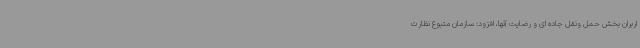
اربران بخش حمل ونقل جاده ای و رضایت آنها، افزود: سازمان متبوع نظارت